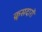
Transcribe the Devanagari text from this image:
क्रूसदारों